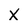
Character: X